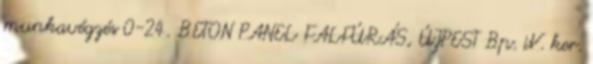
munkavégzés 0-24. BETON PANEL FALFÚRÁS, ÚJPEST Bp. iV. ker.